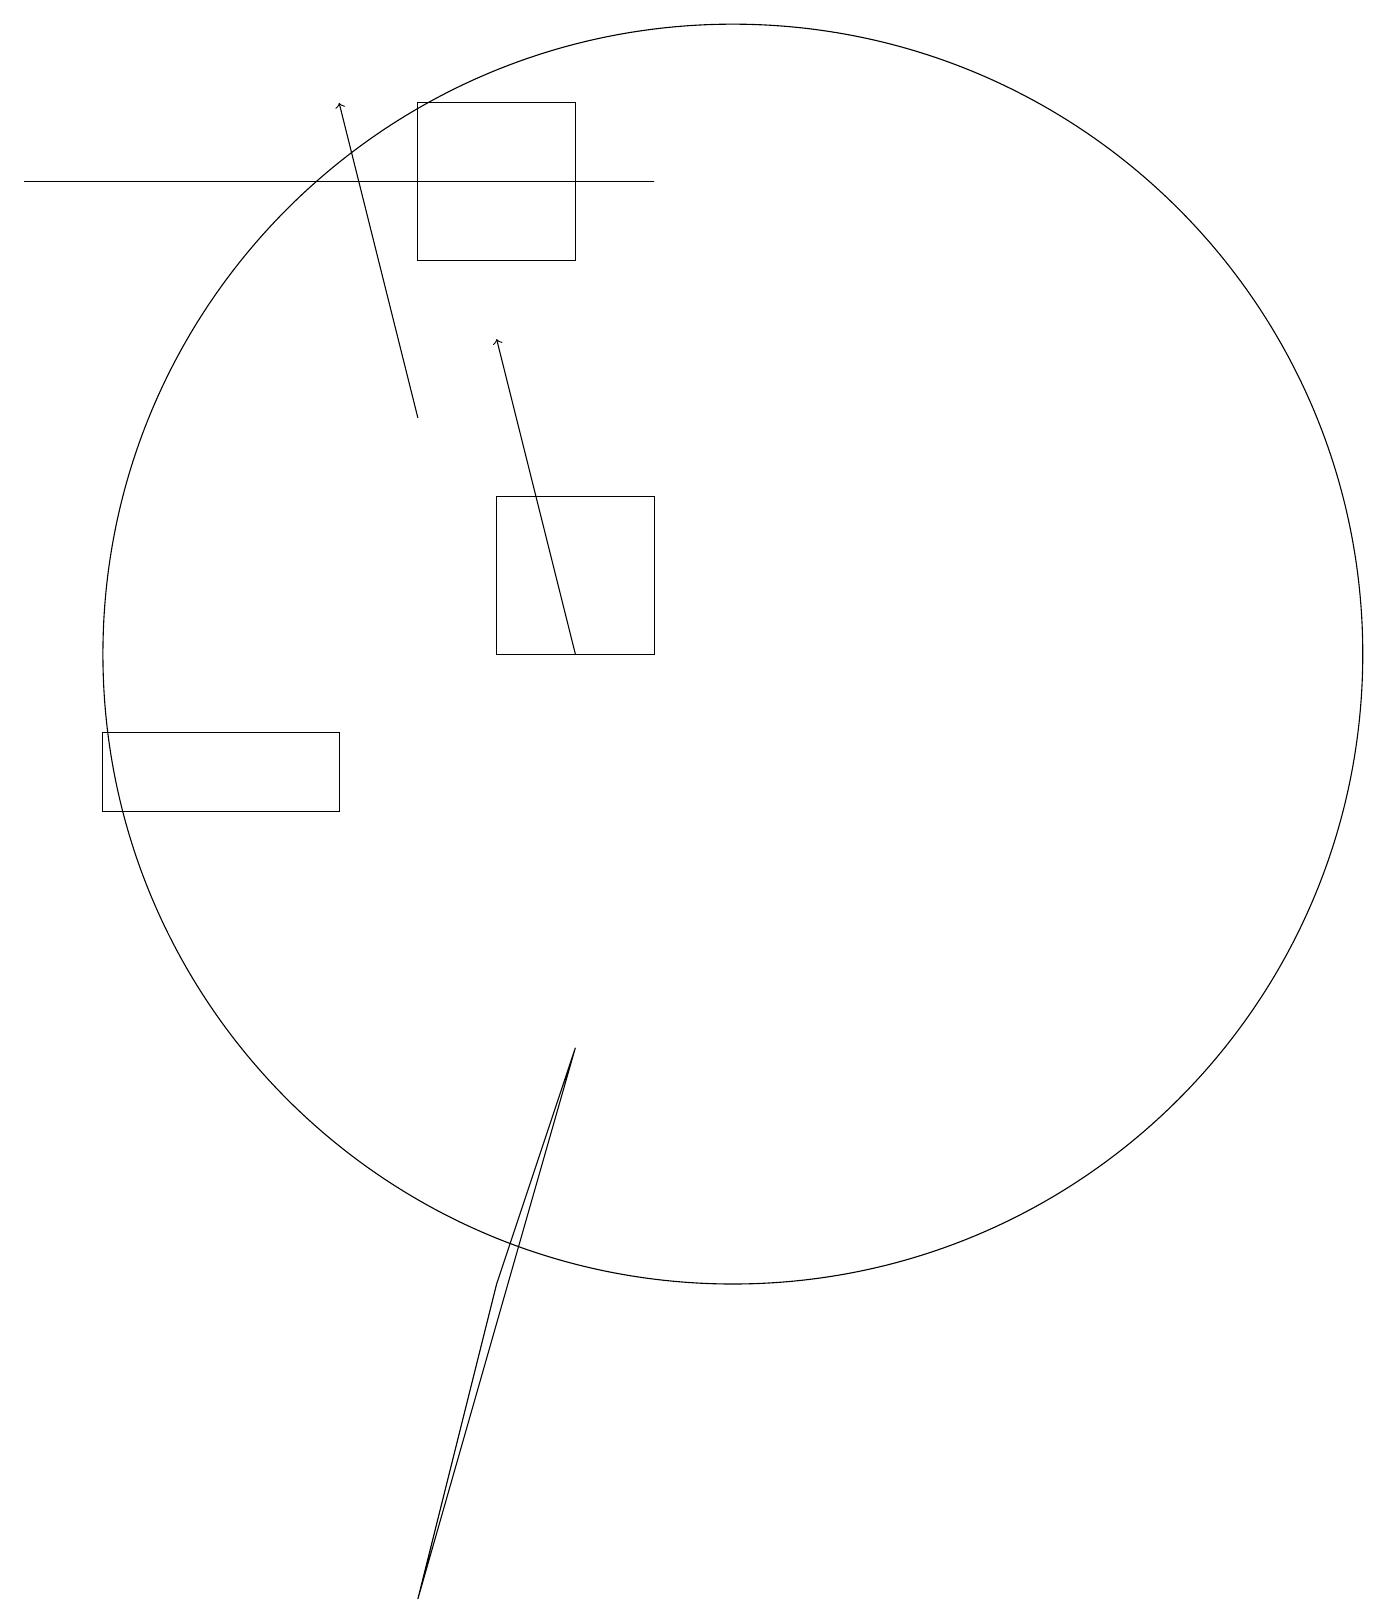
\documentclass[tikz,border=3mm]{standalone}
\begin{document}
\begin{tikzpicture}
\draw[->] (8,12) -- (7,16);
\draw (1,18) rectangle (9,18);
\draw (5,10) rectangle (2,11);
\draw (10,12) circle (8);
\draw (7,14) rectangle (9,12);
\draw (6,0) -- (8,7) -- (7,4) -- cycle;
\draw[->] (6,15) -- (5,19);
\draw (8,19) rectangle (6,17);
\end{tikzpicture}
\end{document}